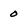
Character: 0